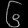
Digit: ၆